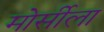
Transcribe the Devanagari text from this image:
मोर्सीला